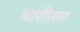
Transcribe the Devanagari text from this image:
मारीत्सा